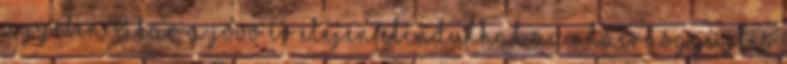
ügyében Akár a jövő év elején elindulhat az aláírásgyűjtés